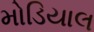
મોડિયાલ